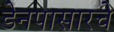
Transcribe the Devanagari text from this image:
डेनपासारचे